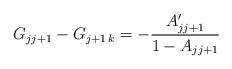
\begin{align*}G_{jj+1}-G_{j+1\, k}=-{A\sp\prime_{j j+1}\over 1-A_{j j+1}}\end{align*}